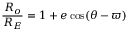
{ \frac { R _ { o } } { R _ { E } } } = { 1 + e \cos ( \theta - \varpi ) }